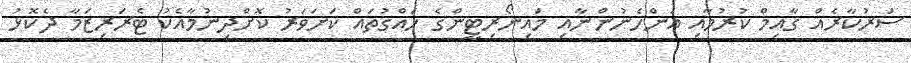
ސަރުކާރެއް ގާއިމް ކުރުމާއި އަންހެނުންނާއި މައިނޯރިޓީންގެ ހައްގުތައް ކަށަވަރު ކޮށްދިނުމާއެކު ޓެރަރިޒަމާ ދެކޮޅު